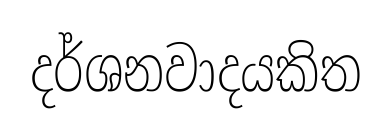
දර්ශනවාදයකිත